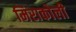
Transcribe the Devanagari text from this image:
मिराकोली